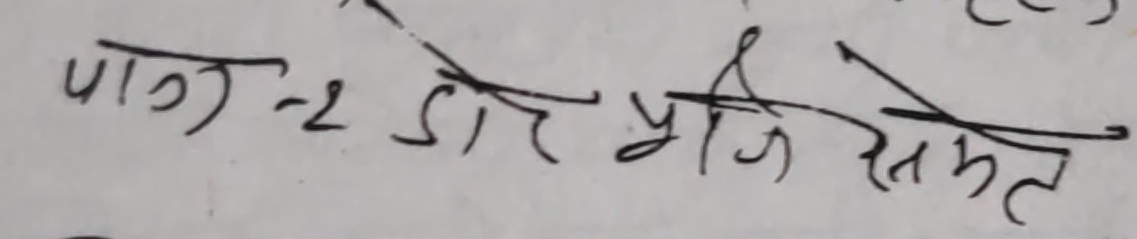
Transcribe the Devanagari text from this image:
पाग-२ डोर प्रजि समेत